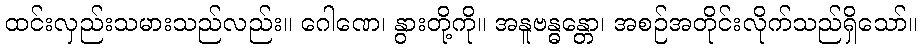
ထင်းလှည်းသမားသည်လည်း။ ဂေါဏေ၊ နွားတို့ကို။ အနူဗန္ဓန္တော၊ အစဉ်အတိုင်းလိုက်သည်ရှိသော်။